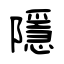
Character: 隱